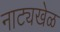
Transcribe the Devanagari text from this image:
नाट्यखेळ